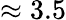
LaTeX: \approx 3.5